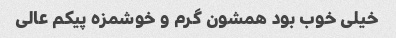
خیلی خوب بود همشون گرم و خوشمزه پیکم عالی